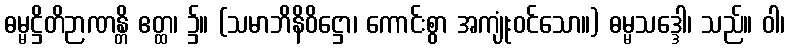
ဓမ္မဋ္ဌိတိဉာဏန္တိ ဧတ္ထ၊ ၌။ (သမာဘိနိဝိဋ္ဌော၊ ကောင်းစွာ အကျုံးဝင်သော။) ဓမ္မသဒ္ဒေါ၊ သည်။ ဝါ၊